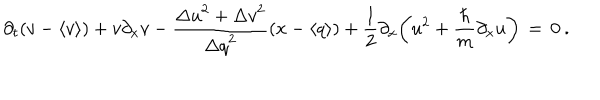
\partial _ { t } ( v - \langle v \rangle ) + v \partial _ { x } v - \frac { { \Delta u } ^ { 2 } + { \Delta v } ^ { 2 } } { { \Delta q } ^ { 2 } } ( x - \langle q \rangle ) + \frac { 1 } { 2 } \partial _ { x } \bigg ( u ^ { 2 } + \frac { \hbar } { m } \partial _ { x } u \bigg ) \, = \, 0 \: .